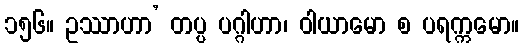
၁၅၆။ ဥဿာဟာ’ တပ္ပ ပဂ္ဂါဟာ၊ ဝါယာမော စ ပရက္ကမော။